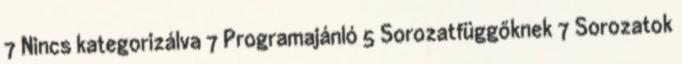
7 Nincs kategorizálva 7 Programajánló 5 Sorozatfüggőknek 7 Sorozatok